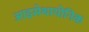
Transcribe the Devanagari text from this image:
आइसेथायोनिक